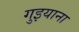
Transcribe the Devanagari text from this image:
गुइयाना